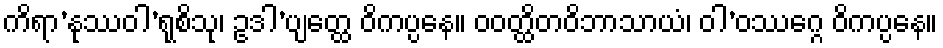
ကိရာ’နုဿဝါ’ရုစိသု၊ ဥဒါ’ပျတ္ထေ ဝိကပ္ပနေ။ ဝဝတ္ထိတဝိဘာသာယံ၊ ဝါ’ဝဿဂ္ဂေ ဝိကပ္ပနေ။